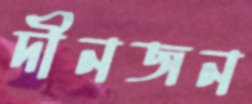
দীনজন